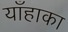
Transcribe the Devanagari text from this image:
याँहाका